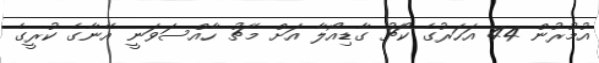
އުމުރުން 44 އަހަރުގެ ކޯޗު ގާޑިއޯލާ އަށް މެޗު ހާއްސަވަނީ އޭނާގެ ކުރީގެ